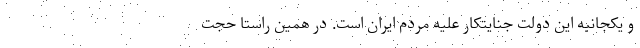
و یکجانبه این دولت جنایتکار علیه مردم ایران است. در همین راستا حجت